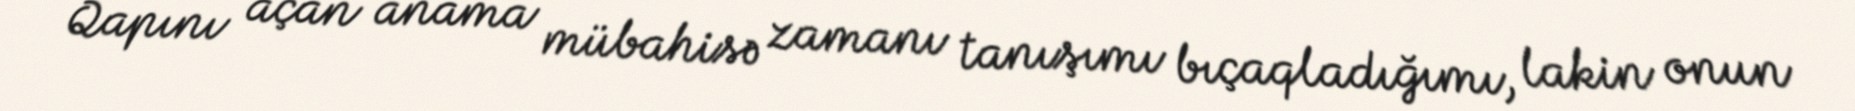
Qapını açan anama mübahisə zamanı tanışımı bıçaqladığımı, lakin onun